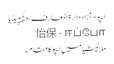
ایپو - آزاد دائرۃ المعارف، ویکیپیڈیا
怡保 - ஈப்போ
ملائیشیا میں ایپو کا مقام۔